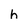
Character: h